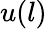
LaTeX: u(l)